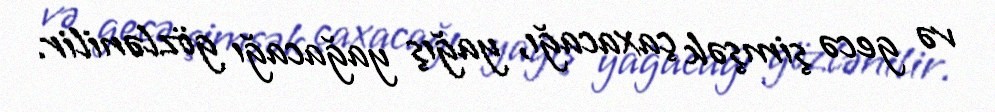
və gecə şimşək çaxacağı, yağış yağacağı gözlənilir.